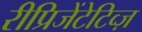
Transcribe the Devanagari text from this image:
रीप्रिजेंटेटिव्ज़